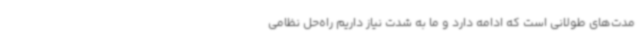
مدت‌های طولانی است که ادامه دارد و ما به شدت نیاز داریم راه‌حل نظامی